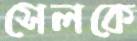
সেলকে